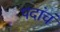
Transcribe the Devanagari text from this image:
पदांचं